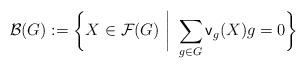
LaTeX: \begin{align*}\mathcal{B}(G) := \bigg\{ X \in \mathcal{F}(G) \ \bigg{|} \ \sum_{g \in G} \mathsf{v}_g(X) g = 0 \bigg\}\end{align*}